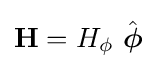
\mathbf {H} =H_{\phi }\ {\hat {\boldsymbol {\phi }}}